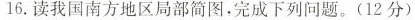
16. 读我国南方地区局部简图，完成下列问题。(12分)